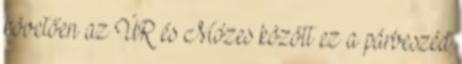
követően az ÚR és Mózes között ez a párbeszéd